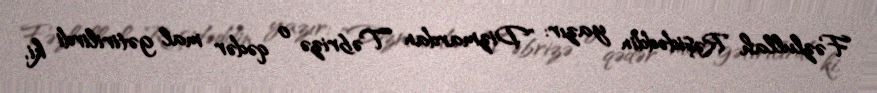
Fəzlullah Rəşidəddin yazır: "Dizmardan Təbrizə o qədər mal gətirilirdi ki,